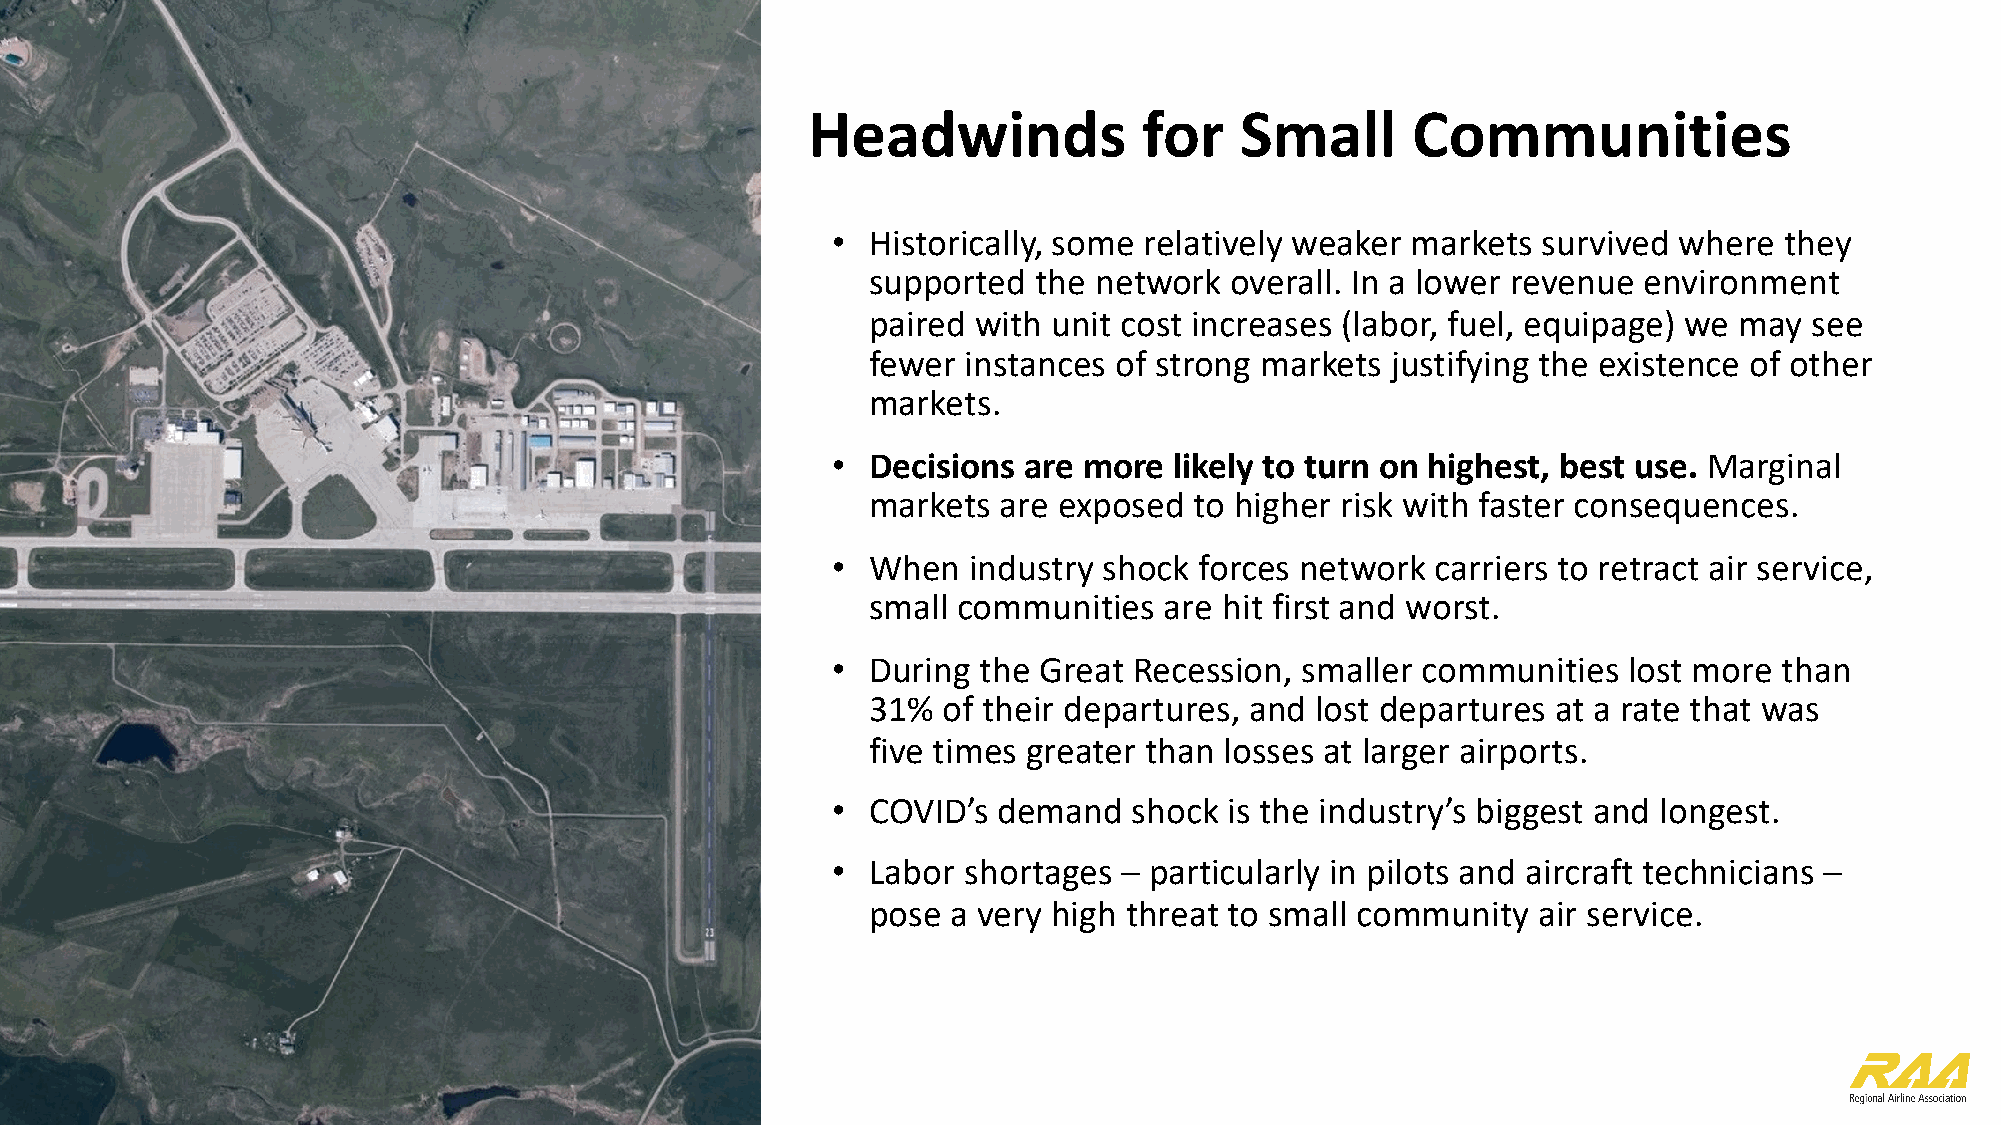
Headwinds              for   Small      Communities
 •  Historically, some relatively weaker markets survived where they
 supported  the network overall. In a lower revenue environment
 paired with unit cost increases (labor, fuel, equipage) we may see
 fewer instances of strong markets justifying the existence of other
 markets.
 •  Decisions are more  likely to turn on highest, best use. Marginal
 markets are exposed  to higher risk with faster consequences.
 •  When  industry shock forces network  carriers to retract air service,
 small communities  are hit first and worst.
 •  During the Great Recession, smaller communities   lost more than
 31% of their departures, and lost departures at a rate that was
 five times greater than losses at larger airports.
 •  COVID’s demand   shock is the industry’s biggest and longest.
 •  Labor shortages – particularly in pilots and aircraft technicians –
 pose a very high threat to small community  air service.